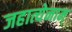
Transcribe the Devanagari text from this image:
जहात्येनाम्‌